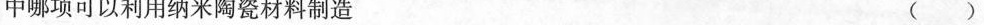
中哪项可以利用纳米陶瓷材料制造( )